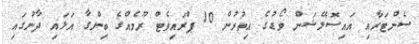
ސެންޓަރާއި އައިސޮލޭޝަން ވޯޑުގެ އިތުރުން 10 ޕްރައިވެޓް ރޫމެއްގެ ބިންގާ އަޅައި ދާނުގައި